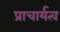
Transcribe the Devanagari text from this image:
प्राचार्यत्व